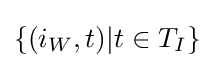
\{(i_{W},t)|t\in T_{I}\}